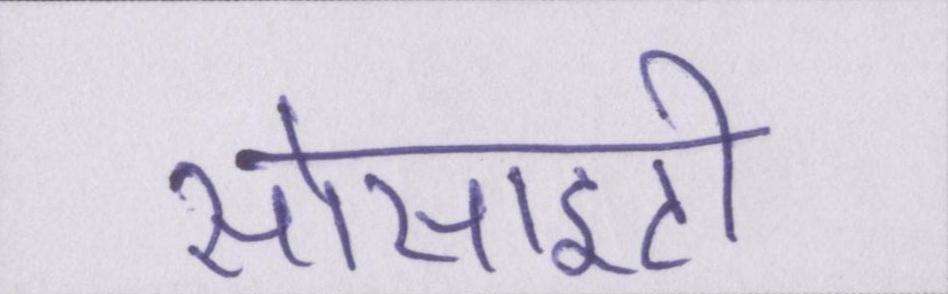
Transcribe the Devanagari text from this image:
सोसाइटी